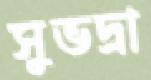
সুভদ্রা